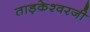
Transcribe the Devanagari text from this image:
ताड़केश्वरजी